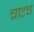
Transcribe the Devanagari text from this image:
चाटच